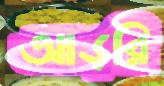
আড়রি